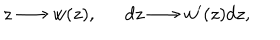
LaTeX: z \longrightarrow w ( z ) , d z \longrightarrow w ^ { \prime } ( z ) d z ,